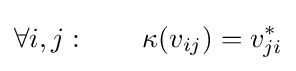
\forall i,j:\qquad \kappa (v_{ij})=v_{ji}^{*}